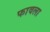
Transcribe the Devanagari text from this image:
फावला